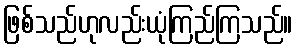
ဖြစ်သည်ဟုလည်းယုံကြည်ကြသည်။